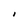
Character: I